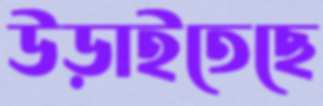
উড়াইতেছে